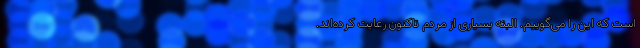
است که این را می‌گوییم. البته بسیاری از مردم تاکنون رعایت کرده‌اند.